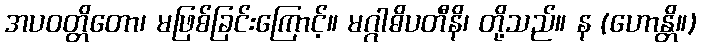
အပဝတ္တိတော၊ မဖြစ်ခြင်းကြောင့်။ မဂ္ဂါဓိပတီနိ၊ တို့သည်။ န (ဟောန္တိ။)